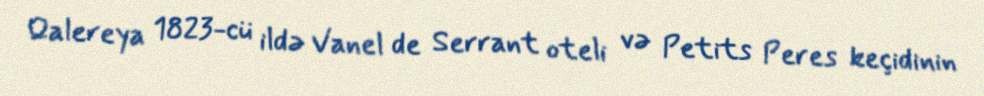
Qalereya 1823-cü ildə Vanel de Serrant oteli və Petits Peres keçidinin